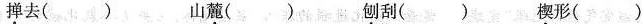
掸去( ) 山麓 ( )世刨刮( )楔形( )